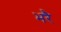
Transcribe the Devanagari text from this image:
भरै